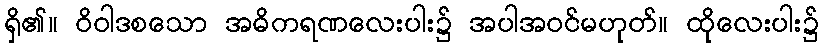
ရှိ၏။ ဝိဝါဒစသော အဓိကရဏလေးပါး၌ အပါအဝင်မဟုတ်။ ထိုလေးပါး၌